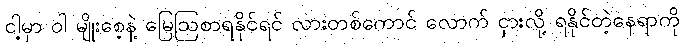
ငါ့မှာ ဝါ မျိုးစေ့နဲ့ မြေဩစာရနိုင်ရင် လားတစ်ကောင် လောက် ငှားလို့ ရနိုင်တဲ့နေရာကို